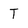
Character: t